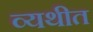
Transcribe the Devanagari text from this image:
व्यथीत